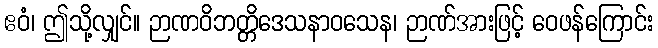
ဧဝံ၊ ဤသို့လျှင်။ ဉာဏဝိဘတ္တိဒေသနာဝသေန၊ ဉာဏ်အားဖြင့် ဝေဖန်ကြောင်း